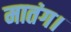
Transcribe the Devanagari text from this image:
मातंग।